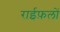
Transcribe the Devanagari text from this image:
राईफ़लों